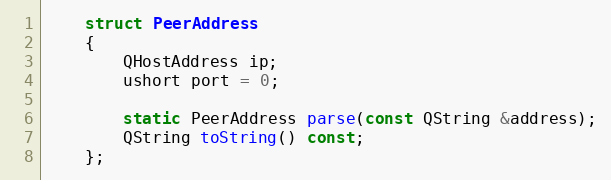
Language: C
    struct PeerAddress
    {
        QHostAddress ip;
        ushort port = 0;

        static PeerAddress parse(const QString &address);
        QString toString() const;
    };